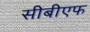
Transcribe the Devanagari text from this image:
सीबीएफ